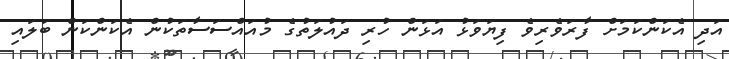
އަދި އެކަންކަމަށް ފާރަވެރިވެ ފިޔަވަޅު އަޅަން ހުރި ދައުލަތުގެ މުއައްސަސާތަކުން އެކަންކަން ބަލައި